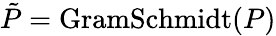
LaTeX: \tilde{P}=\mathrm{GramSchmidt}(P)